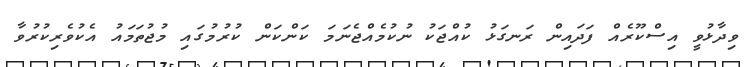
ވިދާޅުވީ އިސްކޫރެއް ފަދައިން ރަނގަޅު ކުއްޖަކު ނުކުމެއްޖެނަމަ ކަންކަން ކުރުމުގައި މުޖުތަމައު އެކުވެރިކުރުވާ